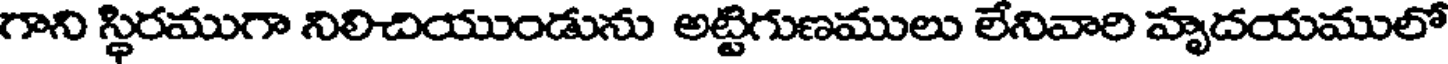
గాని స్థిరముగా నిలిచియుండును అట్టిగుణములు లేనివారి హృదయములో